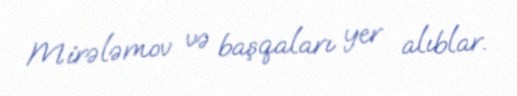
Mirələmov və başqaları yer alıblar.